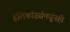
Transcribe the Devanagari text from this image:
हेलिकॉप्टर्समधूनही